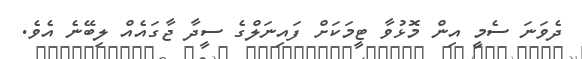
ދެވަނަ ސެމީ އިން މޮޅުވާ ޓީމަކަށް ފައިނަލްގެ ސީދާ ޖާގައެއް ލިބޭނެ އެވެ.